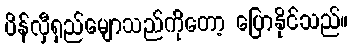
ပိန်လှီရှည်မျောသည်ကိုတော့ ပြောနိုင်သည်။